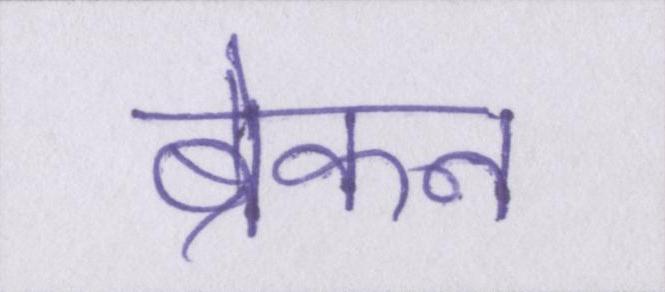
ब्रेकन